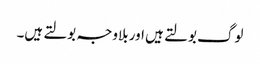
لوگ بولتے ہیں اور بلاوجہ بولتے ہیں۔